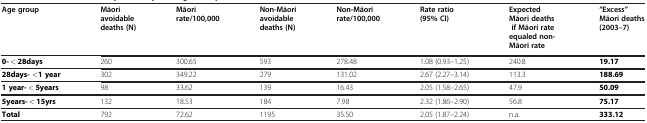
| Age group | Māori avoidable deaths (N) | Māori rate/100,000 | Non-Māori avoidable deaths (N) | Non-Māori rate/100,000 | Rate ratio (95% CI) | Expected Māori deaths if Māori rate equaled non- Māori rate | “Excess” Māori deaths (2003–7) |
 | --- | --- | --- | --- | --- | --- | --- | --- |
 | 0- < 28days | 260 | 300.65 | 593 | 278.48 | 1.08 (0.93–1.25) | 240.8 | 19.17 |
 | 28days- <1 year | 302 | 349.22 | 279 | 131.02 | 2.67 (2.27–3.14) | 113.3 | 188.69 |
 | 1 year- < 5years | 98 | 33.62 | 139 | 16.43 | 2.05 (1.58–2.65) | 47.9 | 50.09 |
 | 5years- < 15yrs | 132 | 18.53 | 184 | 7.98 | 2.32 (1.86–2.90) | 56.8 | 75.17 |
 | Total | 792 | 72.62 | 1195 | 35.50 | 2.05 (1.87–2.24) | n.a. | 333.12 |